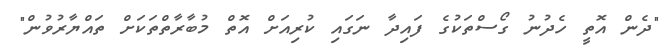
"ދެން އޮތީ ހެދުނު ގޯސްތަކުގެ ފައިދާ ނަގައި ކުރިއަށް އޮތް މުބާރާތްތަކަށް ތައްޔާރުވުން"